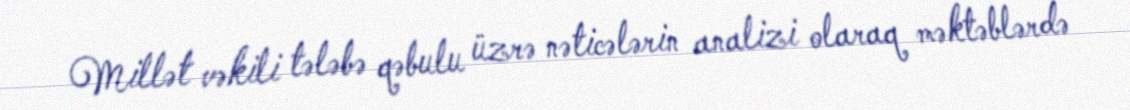
Millət vəkili tələbə qəbulu üzrə nəticələrin analizi olaraq məktəblərdə